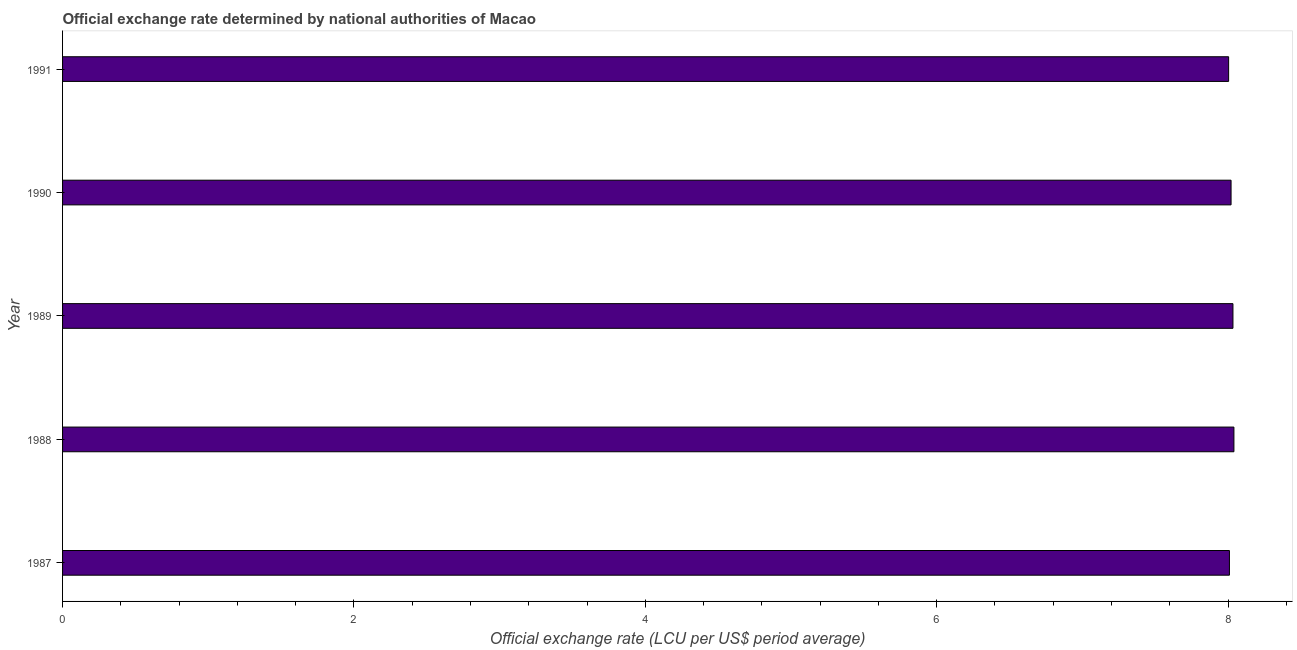
| Year | Official exchange rate |
 | --- | --- |
 | 1987 | 8.01 |
 | 1988 | 8.04 |
 | 1989 | 8.03 |
 | 1990 | 8.02 |
 | 1991 | 8 |